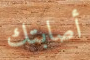
أصابتك